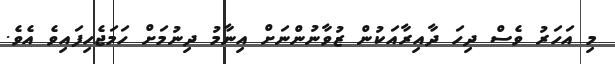
މި އަހަރު ވެސް ދިހަ ދާއިރާއަކުން ޒުވާނުންނަށް އިނާމު ދިނުމަށް ހަމަޖެހިފައިވެ އެވެ.